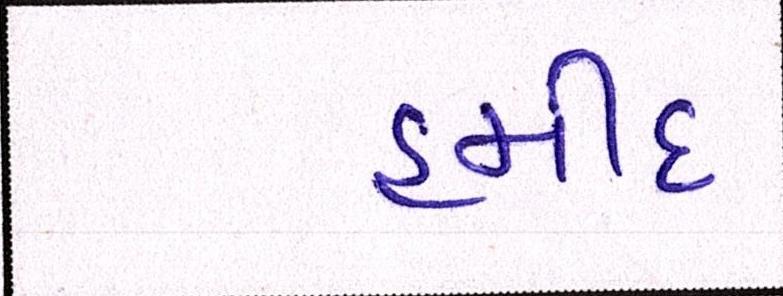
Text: હમીદ